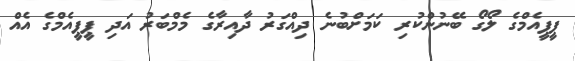
ޕީޕީއެމްގެ ލޯގޯ ބޭނުންކުރި ކަމަށްބުނެ ދިއްގަރު ދާއިރާގެ މެމްބަރު އަދި ޕީޕީއެމްގެ އެއް